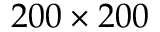
2 0 0 \times 2 0 0